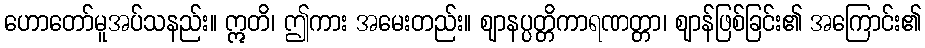
ဟောတော်မူအပ်သနည်း။ ဣတိ၊ ဤကား အမေးတည်း။ ဈာနပ္ပတ္တိကာရဏတ္တာ၊ ဈာန်ဖြစ်ခြင်း၏ အကြောင်း၏